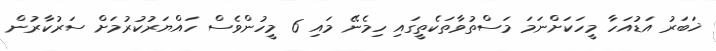
ޚަބަރު އަޑުއަހާ މީހަކަށްނަމަ މަސްތުވާތަކެތީގައި ހިމެނޭ މައި 6 މީހުންވެސް ހައްޔަރުކުރުމަށް ސަރުކާރުން